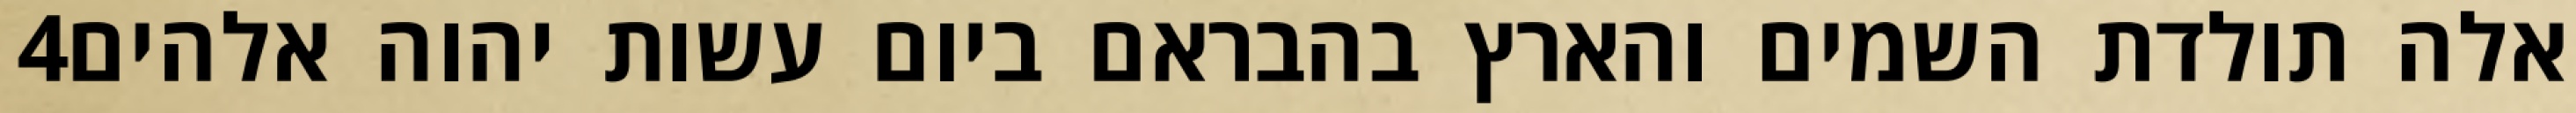
‎4‏ אלה תולדת השמים והארץ בהבראם ביום עשות יהוה אלהים